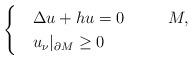
LaTeX: \begin{align*}\begin{cases}&\Delta u+hu=0~~~~~~~~M,\\&u_\nu|_{\partial M}\geq0\end{cases}\end{align*}